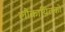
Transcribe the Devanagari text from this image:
लौकायितकों